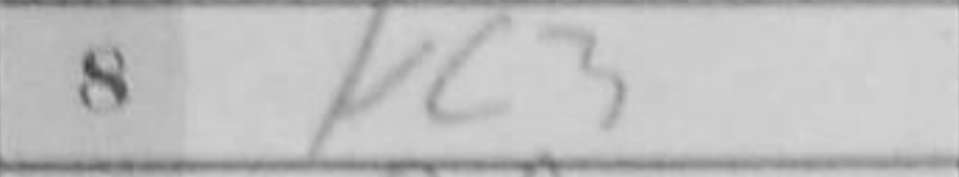
Transcription: Nc3